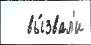
   вы́звал'и